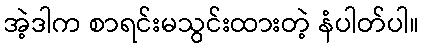
အဲ့ဒါက စာရင်းမသွင်းထားတဲ့ နံပါတ်ပါ။